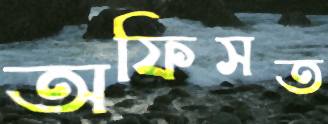
অফিসত